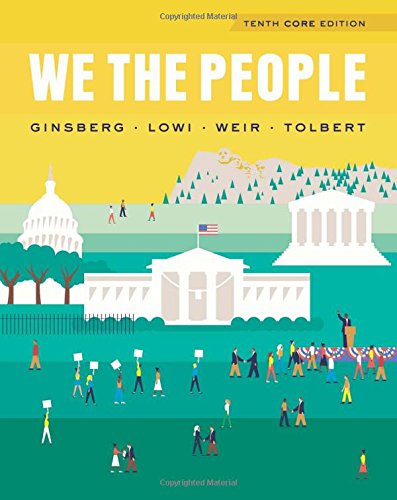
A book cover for We the People (Core Tenth Edition); Benjamin Ginsberg; Politics & Social Sciences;